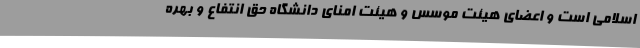
اسلامی است و اعضای هیئت موسس و هیئت امنای دانشگاه حق انتفاع و بهره